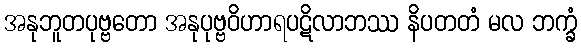
အနုဘူတပုဗ္ဗတော အနုပုဗ္ဗဝိဟာရပဋိလာဘဿ နိပတတံ မလ ဘက္ခံ